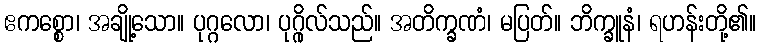
ဧကစ္စော၊ အချို့သော။ ပုဂ္ဂလော၊ ပုဂ္ဂိုလ်သည်။ အတိက္ခဏံ၊ မပြတ်။ ဘိက္ခူနံ၊ ရဟန်းတို့၏။